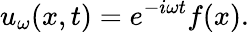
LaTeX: u_{\omega}(x,t)=e^{-i\omega t}f(x).